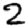
Digit: 2